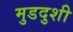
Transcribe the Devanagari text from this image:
मुडदुशी